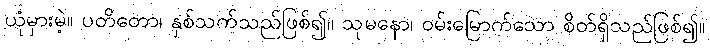
ယုံမှားမဲ့။ ပတိတော၊ နှစ်သက်သည်ဖြစ်၍။ သုမနော၊ ဝမ်းမြောက်သော စိတ်ရှိသည်ဖြစ်၍။